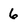
Character: 6